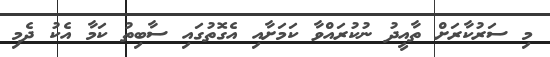
މި ސަރުކާރަށް ތާއީދު ނުކުރައްވާ ކަމަށާއި އެގޮތުގައި ސާބިތު ކަމާ އެކު ދެމި